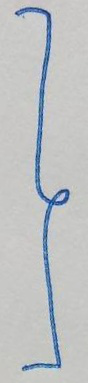
}